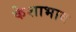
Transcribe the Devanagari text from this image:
केशाभाव